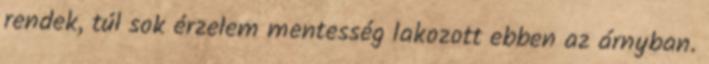
rendek, túl sok érzelem mentesség lakozott ebben az árnyban.